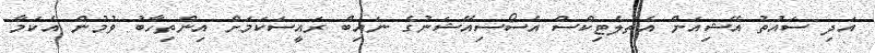
އަދި ސައުތު އޭޝިއަން އެތުލެޓިކްސް އެސޯސިއޭޝަނުގެ ނައިބް ރައީސަކަމަށް އިންތިހާބު ވުމުން އެކަމާ